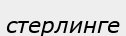
стерлинге